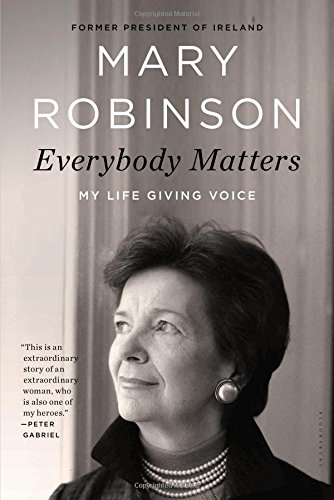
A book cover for Everybody Matters: My Life Giving Voice; Mary Robinson; Biographies & Memoirs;